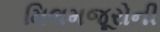
મિલમજૂરોની